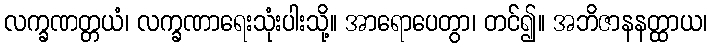
လက္ခဏတ္တယံ၊ လက္ခဏာရေးသုံးပါးသို့။ အာရောပေတွာ၊ တင်၍။ အဘိဇာနနတ္ထာယ၊